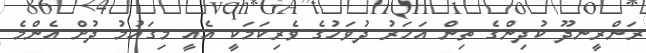
ރަންރީނދޫ ކުދިންގެ ތިން އަހަރު ދުވަހުގެ ވެރިކަމަކީ އެއީ މިގައުމު ދުށް އެންމެ